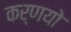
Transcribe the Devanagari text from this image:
कर्णयो